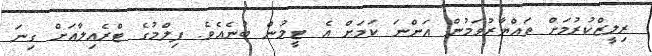
ރިލީޒްކުރުމަށް ތައްޔާރުވަމުން އަންނަ ކަމަށް އެ ޓީމުން ބުނެއެވެ. ފިލްމުގެ ޓްރެއިލާއަށް ގިނަ